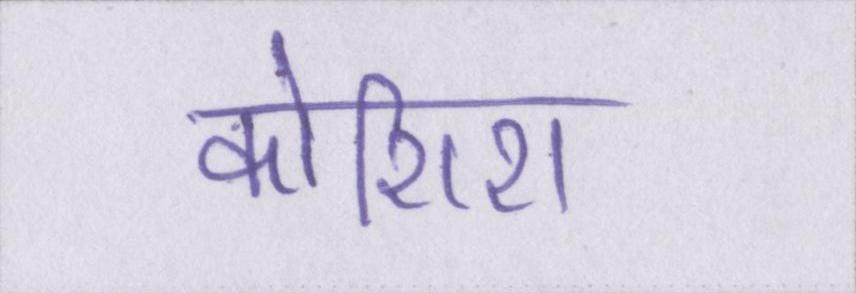
कोशिश